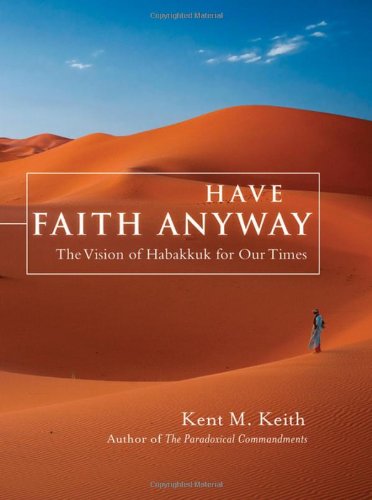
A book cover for Have Faith Anyway: The Vision of Habakkuk for Our Times; Kent Keith; Christian Books & Bibles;